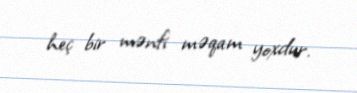
heç bir mənfi məqam yoxdur.